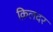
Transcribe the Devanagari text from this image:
क़िलदर